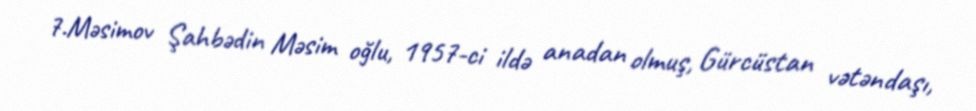
7.Məsimov Şahbədin Məsim oğlu, 1957-ci ildə anadan olmuş, Gürcüstan vətəndaşı,